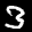
Label: 3